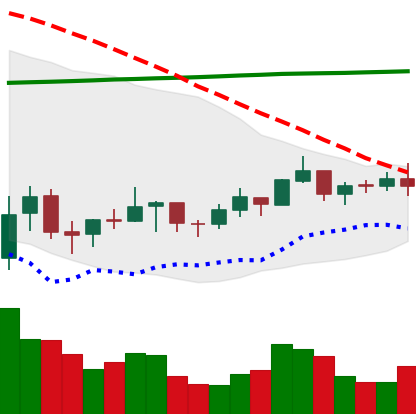
Ticker: BNB-USD
Chart end date: 2021-07-12
Forward return: -5.004%
Label: down_5_7